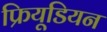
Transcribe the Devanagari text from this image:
फ्रियूडियन